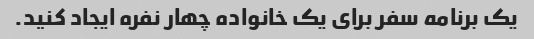
یک برنامه سفر برای یک خانواده چهار نفره ایجاد کنید.